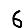
Digit: 6